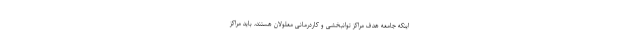
اینکه جامعه هدف مراکز توانبخشی و کاردرمانی معلولان هستند، باید مراکز